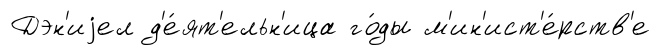
Дэн'иjел д'е́ят'ельн'ица го́ды м'ин'ист'е́рств'е